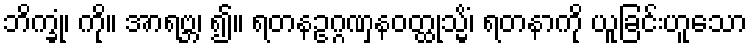
ဘိက္ခုံ၊ ကို။ အာရဗ္ဘ၊ ၍။ ရတနဥဂ္ဂဏှနဝတ္ထုသ္မိံ၊ ရတနာကို ယူခြင်းဟူသော